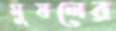
মুষলের